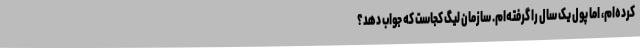
کرده‌ام، اما پول یک سال را گرفته‌ام. سازمان لیگ کجاست که جواب دهد؟